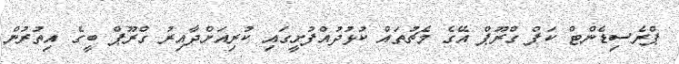
ޕްރެސިޑެންޓް ކަޕް ގްރޫޕް އޭގެ މެޗުތައް ކުޅުދުއްފުށީގައި ކުރިއަށްދާއިރު ގްރޫޕް ބީގެ އިތުރުން